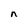
Character: n